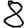
Digit: 8